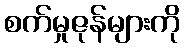
စက်မှုဇုန်များကို